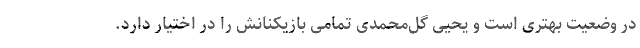
در وضعیت بهتری است و یحیی گل‌محمدی تمامی بازیکنانش را در اختیار دارد.